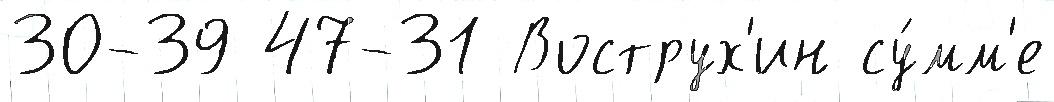
30-39 47-31 Вострух'ин су́мм'е